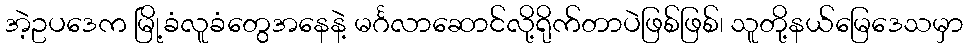
အဲ့ဥပဒေက မြို့ခံလူခံတွေအနေနဲ့ မင်္ဂလာဆောင်လို့ရိုက်တာပဲဖြစ်ဖြစ်၊ သူတို့နယ်မြေဒေသမှာ